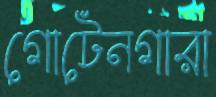
গোটেনগারা